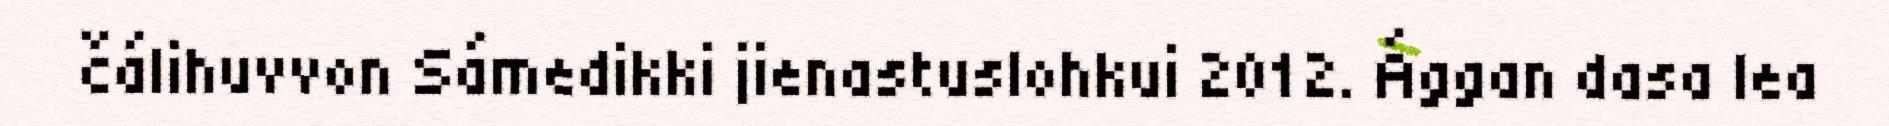
čálihuvvon Sámedikki jienastuslohkui 2012. Ággan dasa lea